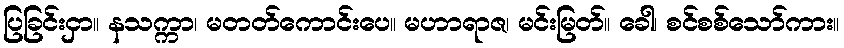
ပြခြင်းငှာ။ နသက္ကာ၊ မတတ်ကောင်းပေ။ မဟာရာဇ၊ မင်းမြတ်။ ခေါ၊ စင်စစ်သော်ကား။